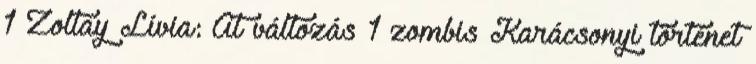
1 Zoltay Lívia: Át változás 1 zombis Karácsonyi történet